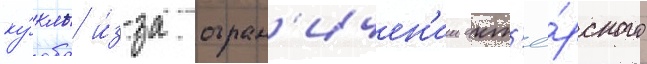
ку́клы и́з-за огран'ичен'ии акт'ё́рского